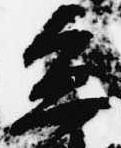
糸